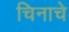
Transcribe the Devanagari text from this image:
चिनाचे